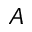
A